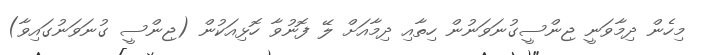
މިހެން ދިމާވަނީ ޖިންސީގުނަވަނުން ހިތާއި ދިމާއަށް ލޭ ފޮނުވާ ހޮޅިއަކުން (ޖިންސީ ގުނަވަނުގައިވާ)